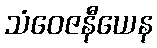
သံဝေဇနီယေန